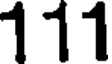
111